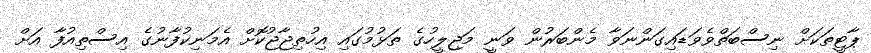
ޕާޓީތަކަށް ނިސްބަތްވެވަޑައިގަންނަވާ މެންބަރުން ވަނީ މަޖިލީހުގެ ތަޅުމުގައި އިހުތިޖާޖުކޮށް އެމަނިކުފާނުގެ އިސްތިއުފާ އަށް